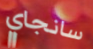
سانجاي